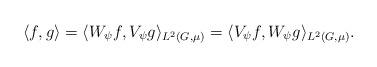
LaTeX: \begin{align*}\langle f, g \rangle = \langle W_\psi f, V_\psi g \rangle_{L^2(G,\mu)} = \langle V_\psi f, W_\psi g \rangle_{L^2(G,\mu)}.\end{align*}